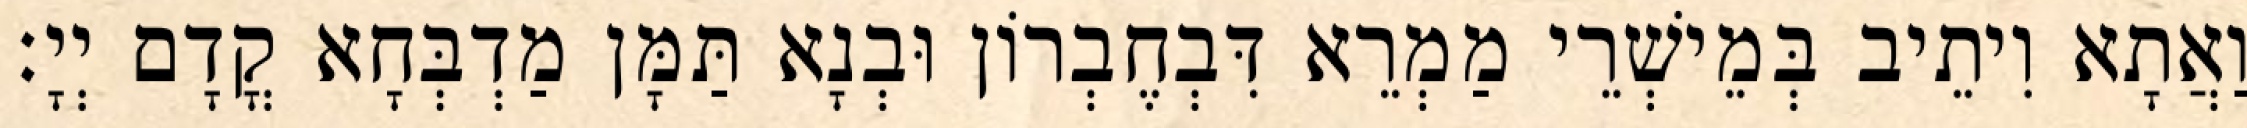
וַאֲתָא וִיתֵיב בְּמֵישְׁרֵי מַמְרֵא דִּבְחֶבְרוֹן וּבְנָא תַּמָּן מַדְבְּחָא קֳדָם יְיָ׃